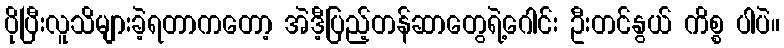
ပိုပြီးလူသိများခဲ့ရတာကတော့ အဲဒီ့ပြည့်တန်ဆာတွေရဲ့ဂေါင်း ဦးတင်နွယ် ကိစ္စ ပါပဲ။